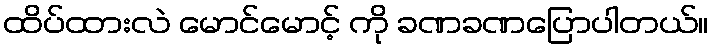
ထိပ်ထားလဲ မောင်မောင့် ကို ခဏခဏပြောပါတယ်။